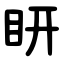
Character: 䀘